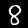
Label: 8